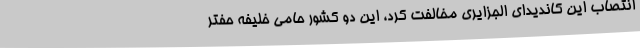
انتصاب این کاندیدای الجزایری مخالفت کرد، این دو کشور حامی خلیفه حفتر